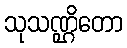
သုသဏ္ဌိတော